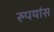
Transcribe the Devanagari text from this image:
रुपयांस